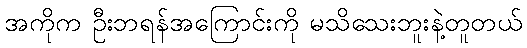
အကိုက ဦးဘရန်အကြောင်းကို မသိသေးဘူးနဲ့တူတယ်